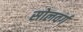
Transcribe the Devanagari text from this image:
सोलवर्ग